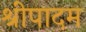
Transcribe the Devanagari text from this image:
श्रीपादम